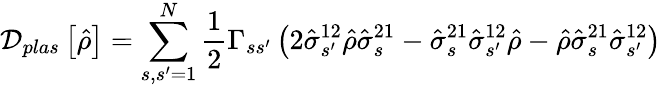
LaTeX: \mathcal{D}_{plas}\left[\hat{\rho}\right]=\sum_{s,s^{\prime}=1}^{N}\frac{1}{2}\Gamma_{ss^{\prime}}\left(2\hat{\sigma}_{s^{\prime}}^{12}\hat{\rho}\hat{\sigma}_{s}^{21}-\hat{\sigma}_{s}^{21}\hat{\sigma}_{s^{\prime}}^{12}\hat{\rho}-\hat{\rho}\hat{\sigma}_{s}^{21}\hat{\sigma}_{s^{\prime}}^{12}\right)